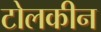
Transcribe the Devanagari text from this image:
टोलकीन